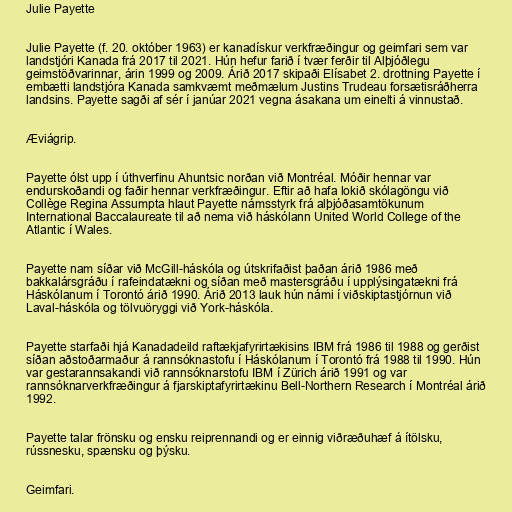
Julie Payette

Julie Payette (f. 20. október 1963) er kanadískur verkfræðingur og geimfari sem var
landstjóri Kanada frá 2017 til 2021. Hún hefur farið í tvær ferðir til Alþjóðlegu
geimstöðvarinnar, árin 1999 og 2009. Árið 2017 skipaði Elísabet 2. drottning Payette í
embætti landstjóra Kanada samkvæmt meðmælum Justins Trudeau forsætisráðherra
landsins. Payette sagði af sér í janúar 2021 vegna ásakana um einelti á vinnustað.

Æviágrip.

Payette ólst upp í úthverfinu Ahuntsic norðan við Montréal. Móðir hennar var
endurskoðandi og faðir hennar verkfræðingur. Eftir að hafa lokið skólagöngu við
Collège Regina Assumpta hlaut Payette námsstyrk frá alþjóðasamtökunum
International Baccalaureate til að nema við háskólann United World College of the
Atlantic í Wales.

Payette nam síðar við McGill-háskóla og útskrifaðist þaðan árið 1986 með
bakkalársgráðu í rafeindatækni og síðan með mastersgráðu í upplýsingatækni frá
Háskólanum í Torontó árið 1990. Árið 2013 lauk hún námi í viðskiptastjórnun við
Laval-háskóla og tölvuöryggi við York-háskóla.

Payette starfaði hjá Kanadadeild raftækjafyrirtækisins IBM frá 1986 til 1988 og gerðist
síðan aðstoðarmaður á rannsóknastofu í Háskólanum í Torontó frá 1988 til 1990. Hún
var gestarannsakandi við rannsóknarstofu IBM í Zürich árið 1991 og var
rannsóknarverkfræðingur á fjarskiptafyrirtækinu Bell-Northern Research í Montréal árið
1992.

Payette talar frönsku og ensku reiprennandi og er einnig viðræðuhæf á ítölsku,
rússnesku, spænsku og þýsku.

Geimfari.